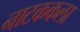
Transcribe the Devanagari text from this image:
नाटककला